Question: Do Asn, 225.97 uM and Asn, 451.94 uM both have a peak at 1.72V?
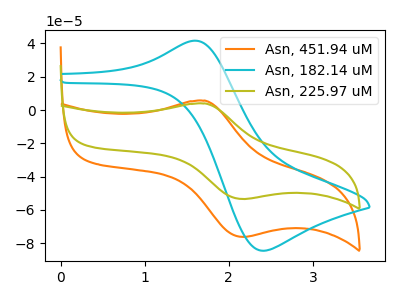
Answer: <think>The orange curve "Asn, 451.94 uM" has an anodic peak at (1.70V, 5.60uA) and a cathodic peak at (2.15V, -76.25uA). The cyan curve "Asn, 182.14 uM" has an anodic peak at (1.60V, 41.70uA) and a cathodic peak at (2.40V, -84.55uA). The olive curve "Asn, 225.97 uM" has an anodic peak at (1.70V, 3.95uA) and a cathodic peak at (2.15V, -53.45uA).</think>
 <answer>Yes, "Asn, 225.97 uM" and "Asn, 451.94 uM" share a peak at 1.72V.</answer>
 <eval>match</eval>